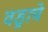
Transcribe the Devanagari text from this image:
वड्राचे